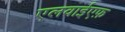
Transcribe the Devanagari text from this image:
एलवाईएफ़